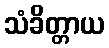
သံခိတ္တာယ